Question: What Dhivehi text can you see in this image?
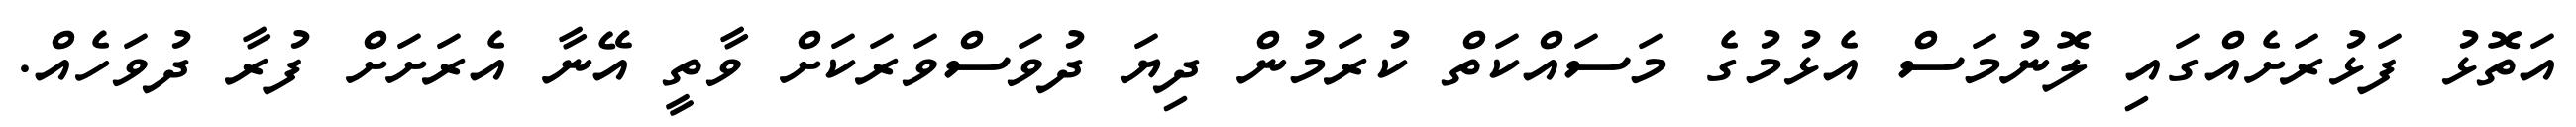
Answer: އަތޮޅު ފަޅުރަށެއްގައި ލޮނުމަސް އެޅުމުގެ މަސައްކަތް ކުރަމުން ދިޔަ ދުވަސްވަރަކަށް ވާތީ އޭނާ އެރަށަށް ފުރާ ދުވަހެއް.